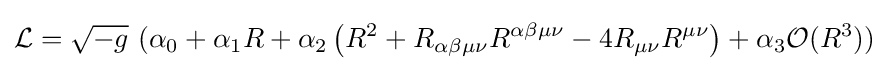
{\mathcal {L}}={\sqrt {-g}}\ (\alpha _{0}+\alpha _{1}R+\alpha _{2}\left(R^{2}+R_{\alpha \beta \mu \nu }R^{\alpha \beta \mu \nu }-4R_{\mu \nu }R^{\mu \nu }\right)+\alpha _{3}{\mathcal {O}}(R^{3}))